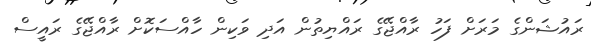
ރައުޝަންގެ މަރަށް ފަހު ރާއްޖޭގެ ރައްޔިތުން އަދި ވަކިން ހާއްސަކޮށް ރާއްޖޭގެ ރައީސް